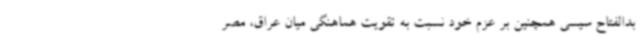
بدالفتاح سیسی همچنین بر عزم خود نسبت به تقویت هماهنگی میان عراق، مصر